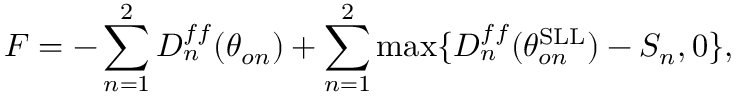
F = - \sum _ { n = 1 } ^ { 2 } D _ { n } ^ { f f } ( \theta _ { o n } ) + \sum _ { n = 1 } ^ { 2 } \mathrm { m a x } \{ D _ { n } ^ { f f } ( \theta _ { o n } ^ { \mathrm { S L L } } ) - S _ { n } , 0 \} ,